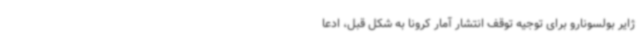
ژایر بولسونارو برای توجیه توقف انتشار آمار کرونا به شکل قبل، ادعا